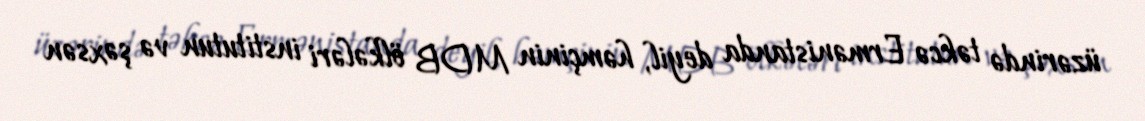
üzərində təkcə Ermənistanda deyil, həmçinin MDB ölkələri institutun və şəxsən